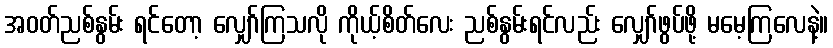
အဝတ်ညစ်နွမ်း ရင်တော့ လျှော်ကြသလို ကိုယ့်စိတ်လေး ညစ်နွမ်းရင်လည်း လျှော်ဖွပ်ဖို့ မမေ့ကြလေနဲ့။